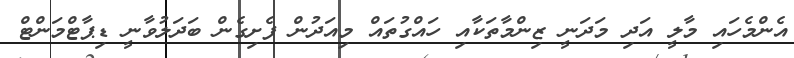
އެންމެހައި މާލީ އަދި މަދަނީ ޒިންމާތަކާއި ހައްގުތައް މިއަދުން ފެށިގެން ބަދަލުވާނީ ޑިޕާޓްމަންޓް